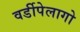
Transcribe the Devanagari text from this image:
वर्डीपेलागो